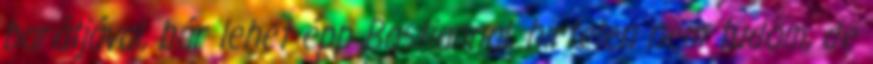
barátjával, bár lehet épp Bastiannal, hirtelen nem tudom, de